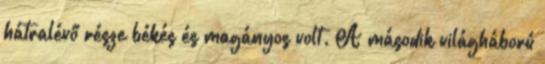
hátralévő része békés és magányos volt. A második világháború